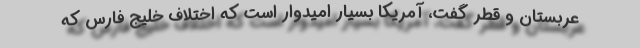
عربستان و قطر گفت، آمریکا بسیار امیدوار است که اختلاف خلیج فارس که